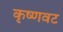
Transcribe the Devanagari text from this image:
कृष्णवट